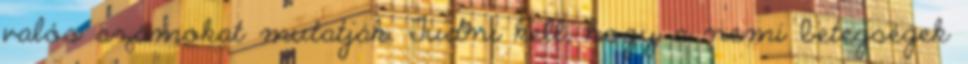
valós számokat mutatják. Tudni kell, hogy a nemi betegségek